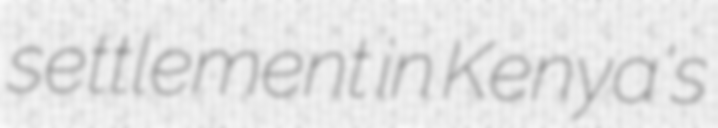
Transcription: settlement in Kenya's